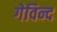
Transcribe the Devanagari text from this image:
गेविन्द